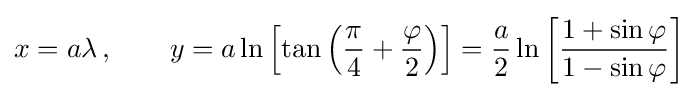
x=a\lambda \,,\qquad y=a\ln \left[\tan \left({\frac {\pi }{4}}+{\frac {\varphi }{2}}\right)\right]={\frac {a}{2}}\ln \left[{\frac {1+\sin \varphi }{1-\sin \varphi }}\right]